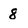
Character: 8